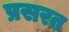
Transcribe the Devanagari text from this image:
प्रसरत